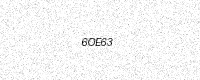
Text: 6OE63